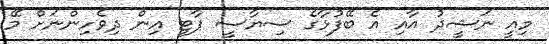
މިއީ ނަޝީދު އާއި އެ ބޭފުޅާގެ ސިޔާސީ ޕާޓީ އިން ދިވެހިންނަށް މޭ